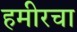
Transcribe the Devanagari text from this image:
हमीरचा